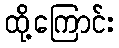
ထို့ကြောင်း